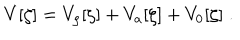
V [ \zeta ] = V _ { \rho } [ \zeta ] + V _ { a } [ \zeta ] + V _ { 0 } [ \zeta ] \; .